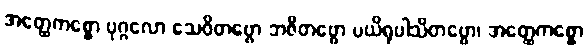
အတ္ထေကစ္စော ပုဂ္ဂလော သေဝိတဗ္ဗော ဘဇိတဗ္ဗော ပယိရုပါသိတဗ္ဗော၊ အတ္ထေကစ္စော